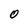
Character: 0